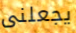
يجعلنى